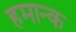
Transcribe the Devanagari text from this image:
हमान्क